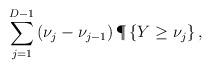
LaTeX: \begin{align*}\sum_{j=1}^{D-1}\left( \nu_{j} - \nu_{j-1} \right) \P\left\{ Y \geq \nu_j\right\},\end{align*}